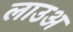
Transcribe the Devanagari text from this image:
लाउअ